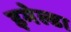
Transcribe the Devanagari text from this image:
इमेल्डा